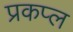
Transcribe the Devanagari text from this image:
प्रकप्ल